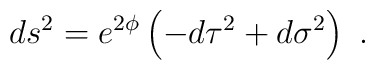
ds^{2} = e^{2\phi} \left(-d\tau^{2} + d\sigma^{2}\right)\ .